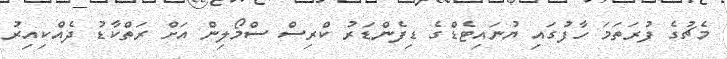
މެޗުގެ ފުރަތަމަ ހާފުގައި ޔުނައިޓެޑްގެ ޑިފެންޑަރު ކްރިސް ސްމޯލިން އަށް ރަތްކާޑު ދެއްކިއިރު